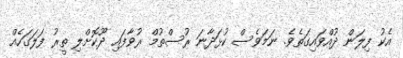
އެކު ފިލަން ދުއްވައިގަތެވެ. ނަމަވެސް ކުޅަދާނަ ރުސްތުމް ރުވާފައި ދޫކޮށްލި ތީރު ފަލަގަހެއް